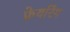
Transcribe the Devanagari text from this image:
फ़ेयरिंग